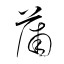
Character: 蒲